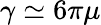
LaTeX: \gamma\simeq 6\pi\mu